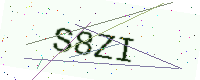
Text: S8ZI